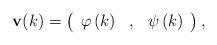
LaTeX: \begin{align*}\mathbf{v}(k)=\left(\begin{array}[c]{ccc}\varphi\left( k\right) & , & \psi\left( k\right)\end{array}\right) , \end{align*}